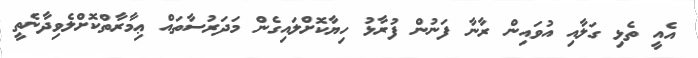
އެއީ ތެޅި ގަލާއި އުވައިން ރާނާ ފަނުން ފުރާޅު ހިޔާކޮށްލައިގެން މަދަރުސާތައް ޢިމާރާތްކޮށްލެވިދާނެތީ